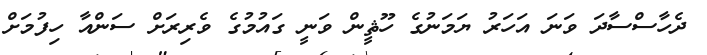
ދެހާސްސާދަ ވަނަ އަހަރު ޔަމަނުގެ ހޫޘީން ވަނީ ގައުމުގެ ވެރިރަށް ސަންއާ ހިފުމަށް